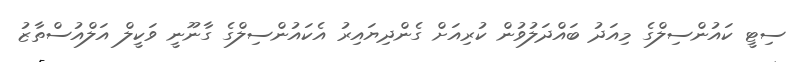
ސިޓީ ކައުންސިލްގެ މިއަދު ބައްދަލުވުން ކުރިއަށް ގެންދިޔައިރު އެކައުންސިލްގެ ގާނޫނީ ވަކީލް އަލްއުސްތާޒު